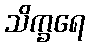
သိက္ခရေ